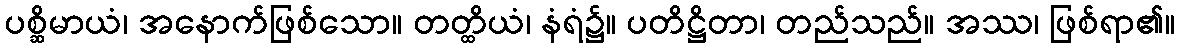
ပစ္ဆိမာယံ၊ အနောက်ဖြစ်သော။ တတ္ထိယံ၊ နံရံ၌။ ပတိဋ္ဌိတာ၊ တည်သည်။ အဿ၊ ဖြစ်ရာ၏။